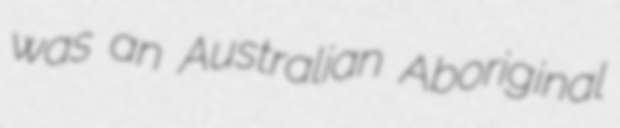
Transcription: was an Australian Aboriginal